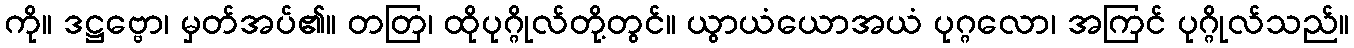
ကို။ ဒဋ္ဌဗ္ဗော၊ မှတ်အပ်၏။ တတြ၊ ထိုပုဂ္ဂိုလ်တို့တွင်။ ယွာယံယောအယံ ပုဂ္ဂလော၊ အကြင် ပုဂ္ဂိုလ်သည်။